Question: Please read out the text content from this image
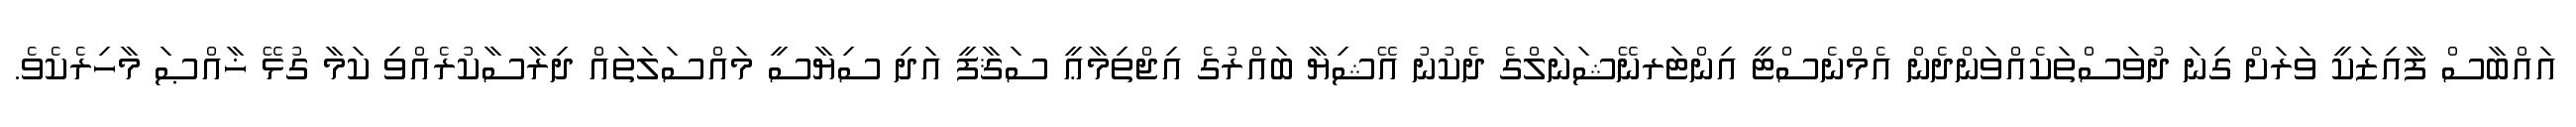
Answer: އައްބާސް ފާއިޒަކީ ވަރަށް ގިނަ ދުވަސްތަކެއްވަންދެން އެމްނެސްޓީ އިންޓަރނޭޝަނަލްގެ ދެކުނު އޭޝިޔާ ބައްރުގެ އިޖްތިމާޢީ ސަޤާފީ އަދި ސިޔާސީ މައްސަލަތައް ދިރާސާކުރެއްވި ކަމާ ގުޅޭ ޚާއްޞަ މާހިރެކެވެ.